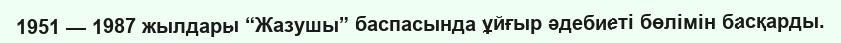
1951 — 1987 жылдары “Жазушы” баспасында ұйғыр әдебиеті бөлімін басқарды.